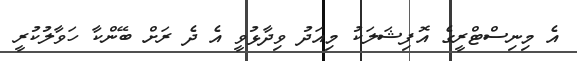
އެ މިނިސްޓްރީގެ އޮފިޝަލަކު މިއަދު ވިދާޅުވީ އެ ދެ ރަށް ބޭންކާ ހަވާލުކުރީ